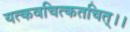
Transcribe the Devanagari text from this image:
यत्कवचित्कतचित्।।